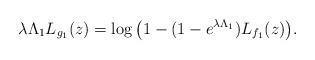
LaTeX: \begin{align*} \lambda \Lambda_1 L_{g_1}(z)=\log \big( 1-(1-e^{\lambda \Lambda_1})L_{f_1}(z) \big). \end{align*}